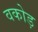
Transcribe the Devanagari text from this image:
वकोड़